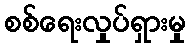
စစ်ရေးလှုပ်ရှားမှု